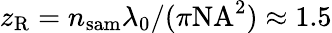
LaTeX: z_{\mathrm{R}}=n_{\mathrm{sam}}\lambda_{0}/(\pi\mathrm{NA}^{2})\approx 1.5